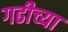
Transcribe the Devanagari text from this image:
गढीच्या